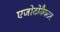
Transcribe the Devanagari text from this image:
एजोटोबैक्टर